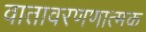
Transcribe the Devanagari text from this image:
वातावरणणात्मक